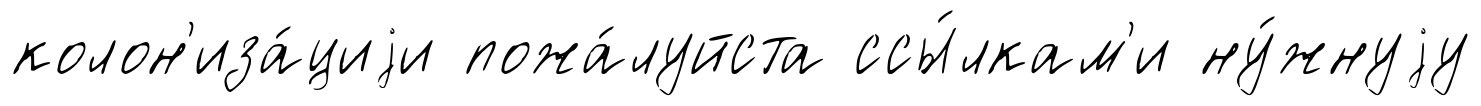
колон'иза́циjи пожа́луйста ссы́лкам'и ну́жнуjу